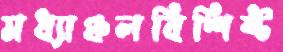
মধ্যাঞ্চলবিশিষ্ট